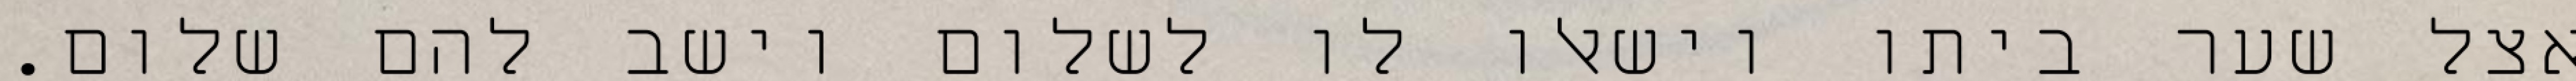
אצל שער ביתו וישאלו לו לשלום וישב להם שלום.